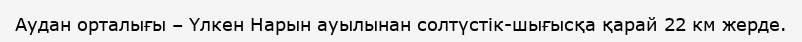
Аудан орталығы – Үлкен Нарын ауылынан солтүстік-шығысқа қарай 22 км жерде.